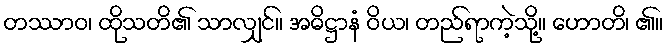
တဿာဝ၊ ထိုသတိ၏ သာလျှင်။ အဓိဋ္ဌာနံ ဝိယ၊ တည်ရာကဲ့သို့။ ဟောတိ၊ ၏။